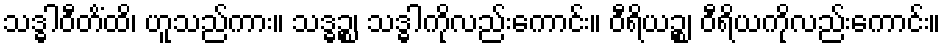
သဒ္ဓါဝီတိံထိ၊ ဟူသည်ကား။ သဒ္ဓဉ္စ၊ သဒ္ဓါကိုလည်းကောင်း။ ဝီရိယဉ္စ၊ ဝီရိယကိုလည်းကောင်း။